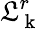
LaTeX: \mathfrak{L}_{\mathrm{{~k~}}}^{r}